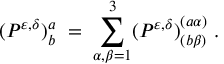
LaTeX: ( P ^ { \varepsilon , \delta } ) _ { b } ^ { a } \; = \; \sum _ { \alpha , \beta = 1 } ^ { 3 } ( P ^ { \varepsilon , \delta } ) _ { ( b \beta ) } ^ { ( a \alpha ) } \; .